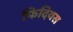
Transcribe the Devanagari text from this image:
फिदियस